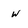
Character: w